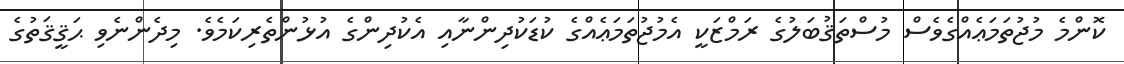
ކޮންމެ މުޖުތަމަޢެއްގެވެސް މުސްތަޤުބަލުގެ ރަމްޒަކީ އެމުޖުތަމަޢެއްގެ ކުޑަކުދިންނާއި އެކުދިންގެ އުޅުންތެރިކަމެވެ. މިދެންނެވި ޙަޤީޤަތުގެ